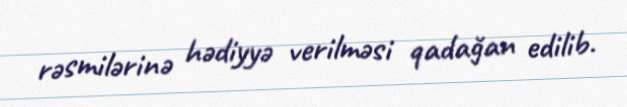
rəsmilərinə hədiyyə verilməsi qadağan edilib.